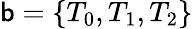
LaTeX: \mathsf{b}=\{ T_{0},T_{1},T_{2}\}